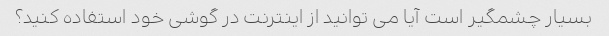
بسیار چشمگیر است آیا می توانید از اینترنت در گوشی خود استفاده کنید؟